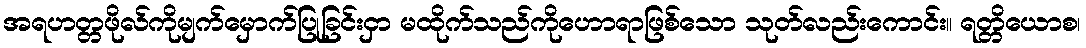
အရဟတ္တဖိုလ်ကိုမျက်မှောက်ပြုခြင်းငှာ မထိုက်သည်ကိုဟောရာဖြစ်သော သုတ်လည်းကောင်း။ ရတ္တိယောစ၊